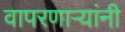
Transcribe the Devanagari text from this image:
वापरणार्‍यांनी